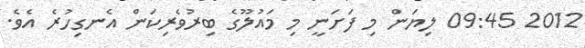
2012 09:45 ލިޔަން މި ފަށަނީ މި މައުލޫގެ ބިރުވެރިކަން އެނގިހުރެ އެވެ.